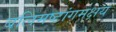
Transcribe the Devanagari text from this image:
बलिमष्टांगमक्षयं